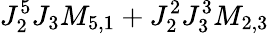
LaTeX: J_{2}^{5}J_{3}M_{5,1}+J_{2}^{2}J_{3}^{3}M_{2,3}